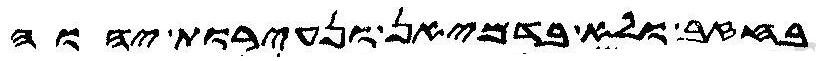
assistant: בחזב ולא בדמיאן ונעירות יהוה